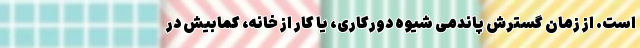
است. از زمان گسترش پاندمی شیوه دورکاری، یا کار از خانه، کمابیش در